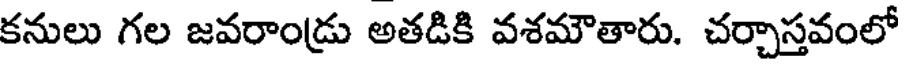
కనులు గల జవరాండ్రు అతడికి వశమౌతారు. చర్చాస్తవంలో